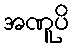
အဏူပိ